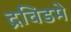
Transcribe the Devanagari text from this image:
द्रविडमे